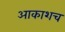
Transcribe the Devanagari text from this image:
आकाशच